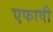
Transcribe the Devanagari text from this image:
एफावी